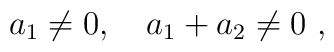
a_1\neq 0,\quad a_1+a_2\neq 0\ ,